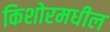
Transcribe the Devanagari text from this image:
किशोरमधील